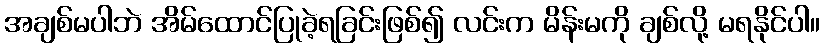
အချစ်မပါဘဲ အိမ်ထောင်ပြုခဲ့ရခြင်းဖြစ်၍ လင်းက မိန်းမကို ချစ်လို့ မရနိုင်ပါ။